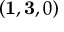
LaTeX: ( \mathbf { 1 } , \mathbf { 3 } , 0 )